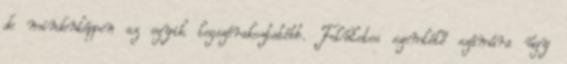
de mindenképpen az egyik legszórakoztatóbb. Felületes szemlélő számára úgy